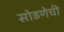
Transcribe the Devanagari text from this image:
सोडणेची